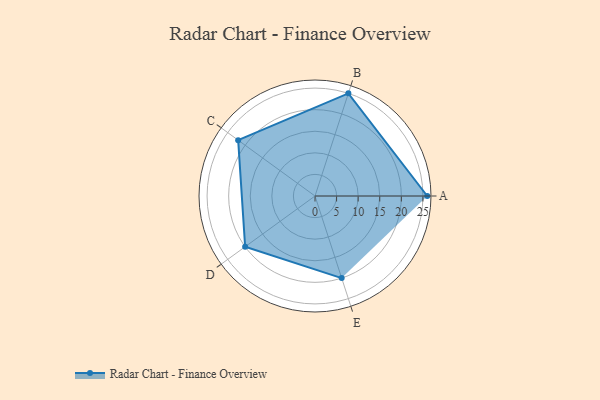
{"axis": {"x": "Skill", "y": "Score"}, "legend": ["Profile"], "data": [{"x": "A", "y": 26.0, "type": "Profile"}, {"x": "B", "y": 25.0, "type": "Profile"}, {"x": "C", "y": 22.0, "type": "Profile"}, {"x": "D", "y": 20, "type": "Profile"}, {"x": "E", "y": 20, "type": "Profile"}]}